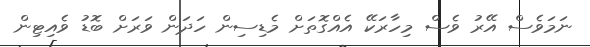
ނަމަވެސް އޭރު ވެސް މިހާރަކޭ އެއްގޮތަށް މެޑިސިން ހަދަން ވަރަށް ބޮޑު ވެއިޓިން